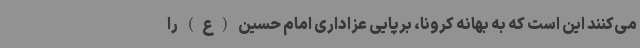
می‌کنند این است که به بهانه کرونا، برپایی عزاداری امام حسین (ع) را